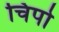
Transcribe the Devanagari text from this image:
चिपो